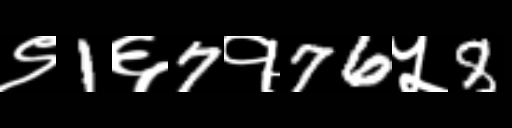
Text: ९1६7१76५8